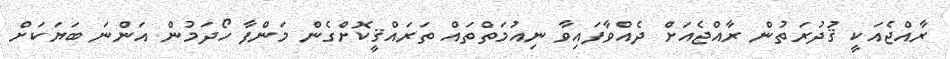
ރާއްޖެއަކީ ޤުދުރަތުން ރާއްޖެއަށް ދެއްވާފައިވާ ނިއުމަތްތައް ތަރައްޤީކޮށްގެން މަންފާ ހޯދަމުން އަންނަ ބަޔަކަށް